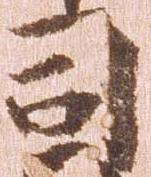
司